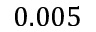
0 . 0 0 5